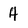
Character: 4